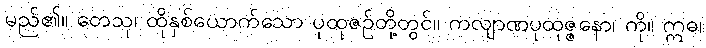
မည်၏။ တေသု၊ ထိုနှစ်ယောက်သော ပုထုဇဉ်တို့တွင်။ ကလျာဏပုထုဇ္ဇနော၊ ကို။ ဣဓ၊